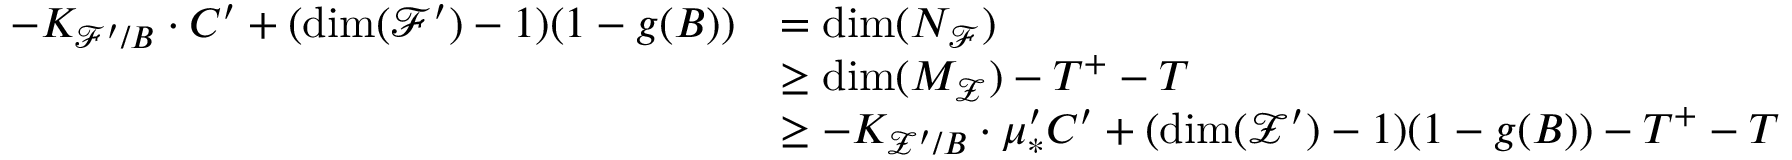
\begin{array} { r l } { - K _ { \mathcal { F } ^ { \prime } / B } \cdot C ^ { \prime } + ( \dim ( \mathcal { F } ^ { \prime } ) - 1 ) ( 1 - g ( B ) ) } & { = \dim ( N _ { \mathcal { F } } ) } \\ & { \geq \dim ( M _ { \mathcal { Z } } ) - T ^ { + } - T } \\ & { \geq - K _ { \mathcal { Z } ^ { \prime } / B } \cdot \mu _ { * } ^ { \prime } C ^ { \prime } + ( \dim ( \mathcal { Z } ^ { \prime } ) - 1 ) ( 1 - g ( B ) ) - T ^ { + } - T } \end{array}